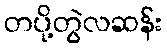
တပို့တွဲလဆန်း